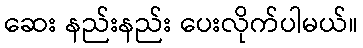
ဆေး နည်းနည်း ပေးလိုက်ပါမယ်။